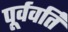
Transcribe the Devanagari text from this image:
पूर्ववर्ति